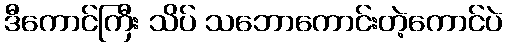
ဒီကောင်ကြီး သိပ် သဘောကောင်းတဲ့ကောင်ပဲ